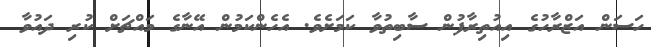
ހަސަން އަޒްރާހުގެ އިއުތިރާފުން ސާބިތުވާ ކަމަށެވެ. އެހެންކަމުން އޭނާގެ މައްޗަށް ކުރި ދައުވާ